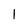
Character: l